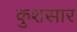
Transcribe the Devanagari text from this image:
कुशसार